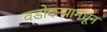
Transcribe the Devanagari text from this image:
वडोदऱ्यामधून